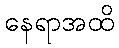
နေရာအထိ